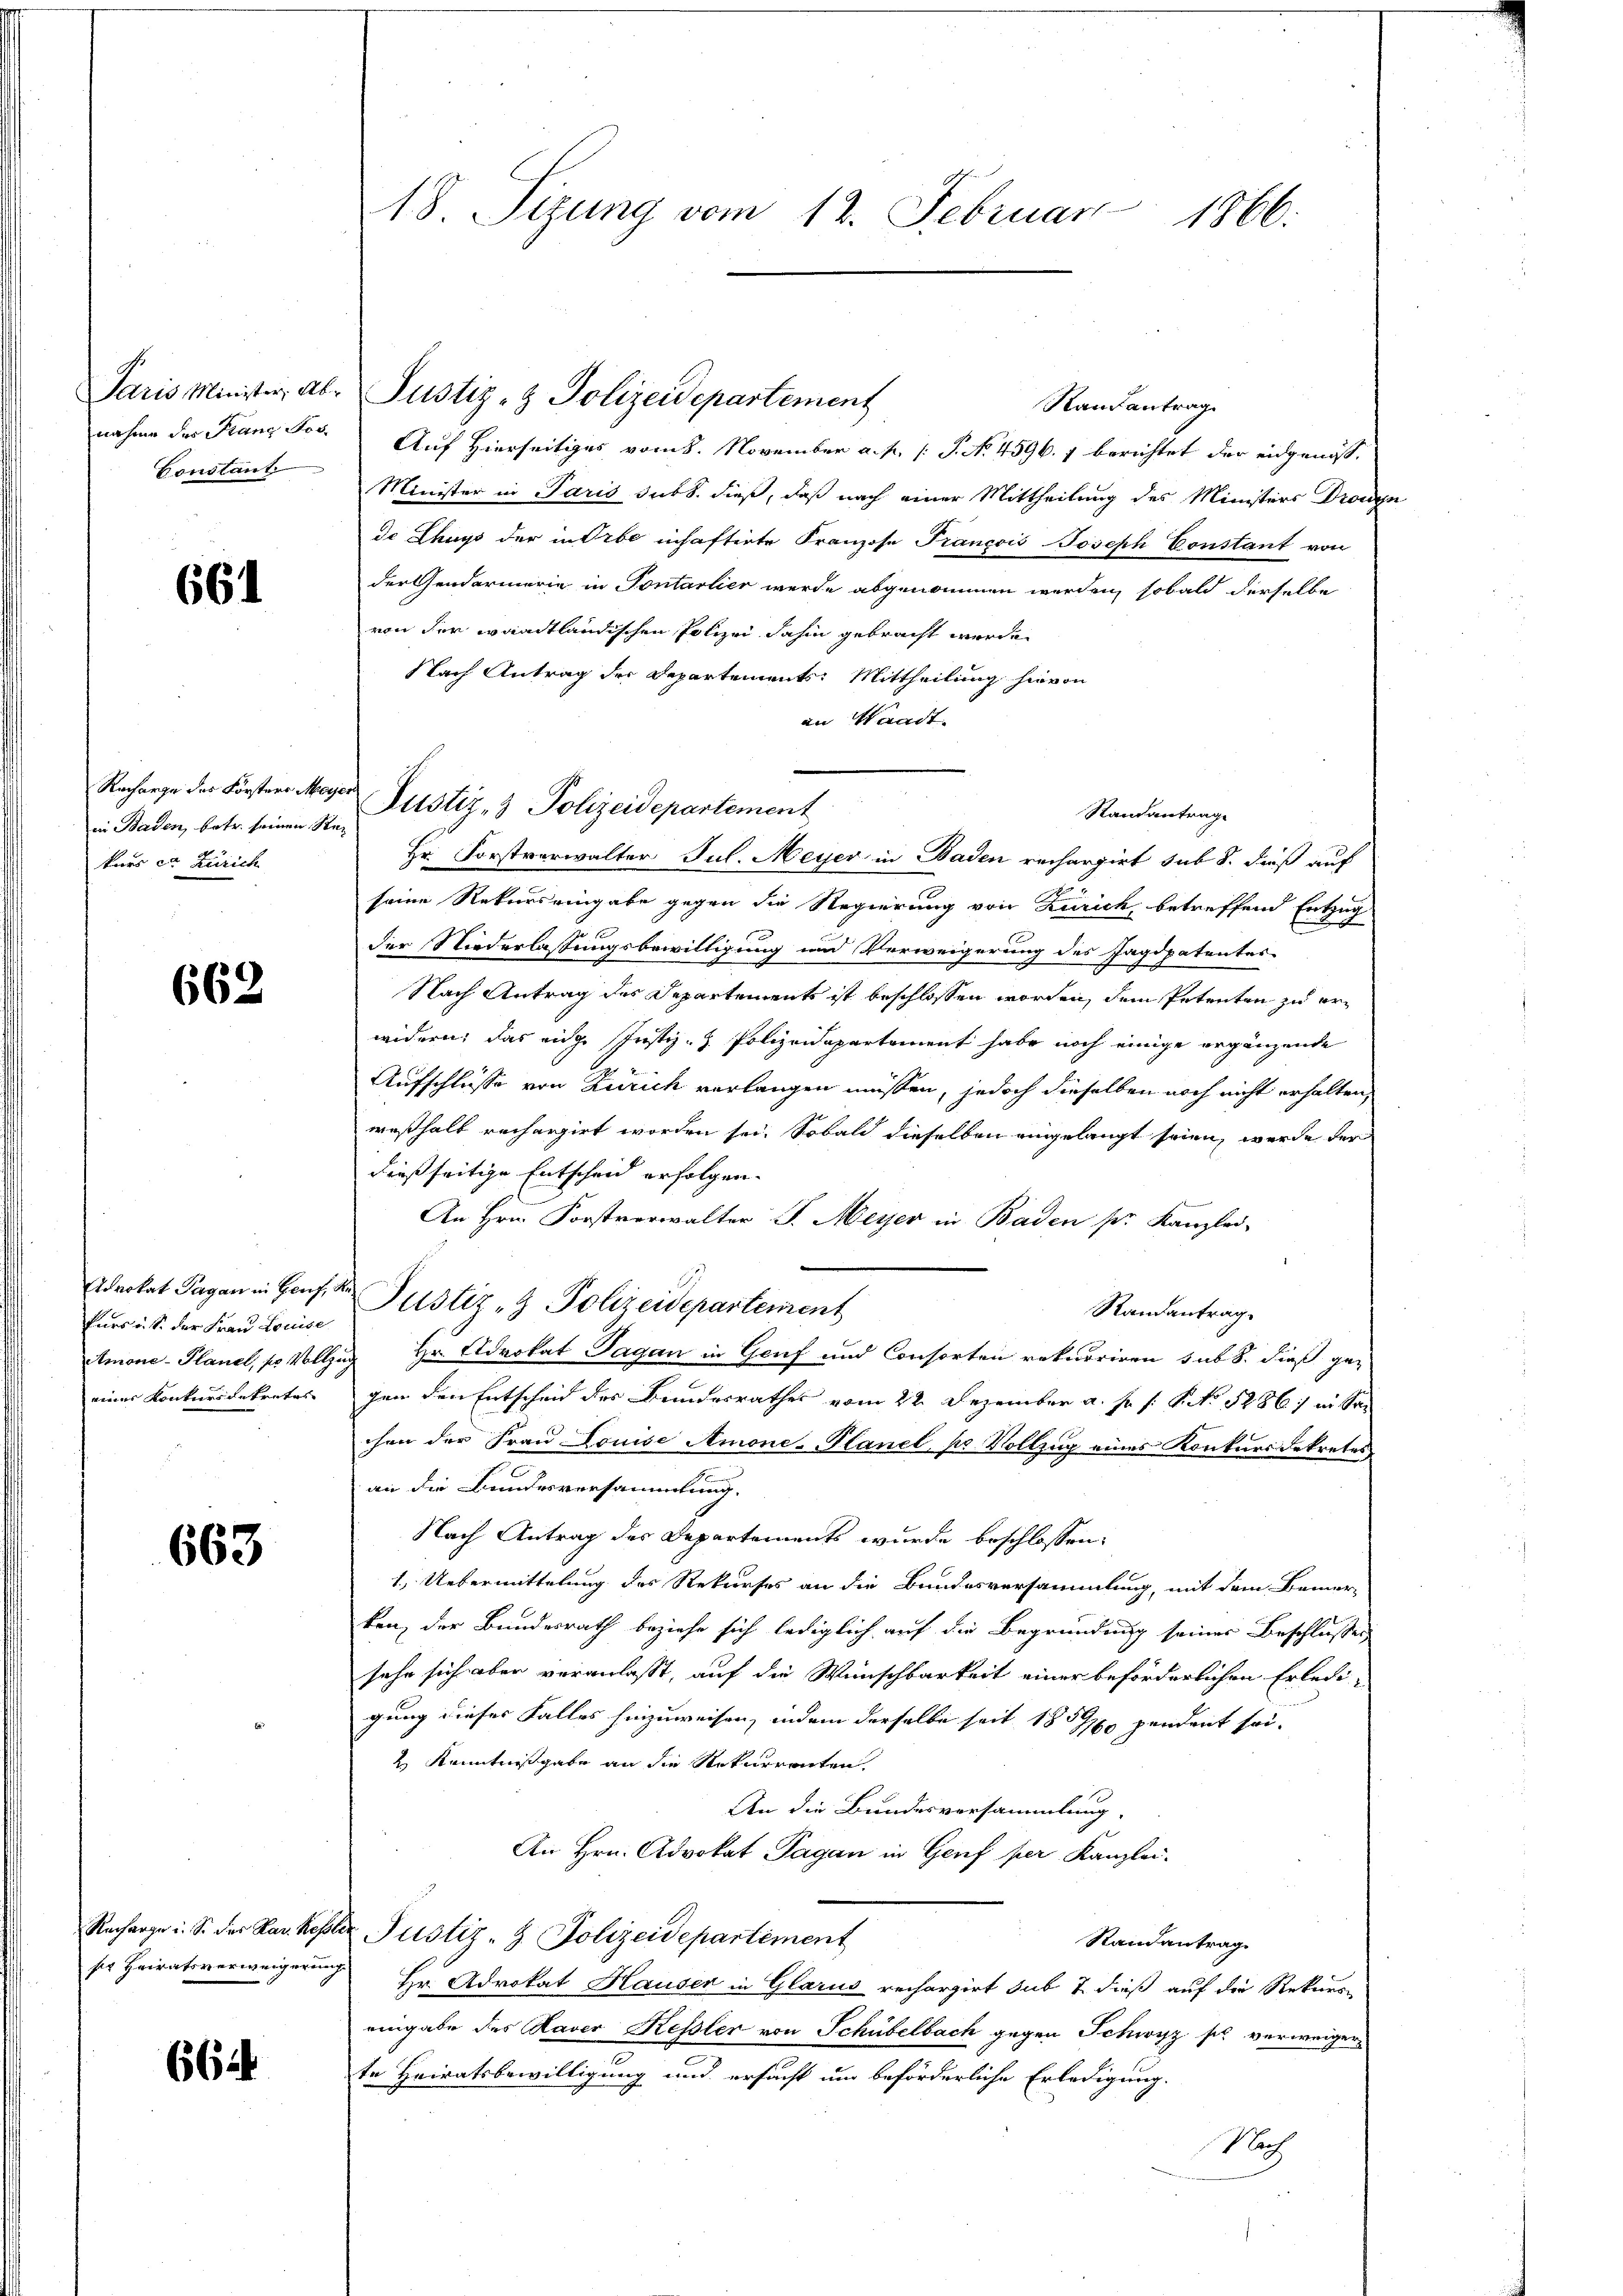
nahme des Franz Jos.
Constant

661

in Baden, betr. seinen Re-
kurs et Zürich

662

fürs u. S. der Frau Louise
eines Konkursdekreter

663

Recharge u. S. des Par Kesse
sir Heiratsverweigerung

664

18. Sizung vom 12. Februar 1866.

Paris Minister, ab- Justiz- & Polizeidepartement
Rautantrag
Auf Hierseitiges vom 8. November a. p. P. No. 4596. f berichtet der eidgenosse
Minister in Paris sub b. dieß, daß nach einer Mittheilung des Ministers Drange
de Thups der in Orbe inhaftirte Franzose Francois Joseph Constant von
der Gendarmerie in Pontarlier werde abgenommen werden, sobald derselbe
von der waadtländischen Polizei dahin gebracht werde.
Nach Antrag der Departements: Mittheilung hievon
an Waadt.
Standantrage
Hr. Forstverwalter Jul. Meyer in Baden rechargirt sub 8. dieß auf
seine Rekurs eingabe gegen die Regierung von Zürich, betreffend Entzug
der Niederlassungsbewilligung und Verweigerung des Jagdpatentes
Nach Antrag des Departements ist beschlossen worden, dem Petenten zu erwidern, das eige Justiz- & Polizeidepartement habe noch einige ergänzende
Aufschlüsse von Zürich verlangen müssen, jedoch dieselben noch nicht erhalten,
weßhalb rechargirt worden sei. Sobald dieselben eingelangt seien, werde der
dießseitige Entscheid erfolgen.
An Hrn. Forstverwalter J. Meyer in Baden pr. Kanzlei-
Advokat Pagan in Genf der Justiz & Polizeidepartement
Randantrag.
Amone-Planel, pr Vollzug Hr. Advokat Tagan in Genf und Consorten rekurriren sub 8. dieß ge-
gen den Entscheid des Bundesrathes vom 22. Dezember a. f. s. S. No 1286 eisen
chen der Frau Louise Amone-Planel, pr. Vollzug eines Konkurs dekretes
an die Bundesversammlung.
Nach Antrag des Departements wurde beschlossen:
1. Uebermittelung des Rekurses an die Bundesversammlung, mit dem Bemer-
ken, der Bundesrath beziehe sich lediglich auf die Begründung seines Beschlußes
sehe sich aber veranlaßt, auf die Wünschbarkeit einer beförderlichen Erledi-
gung dieses Falles hinzuweisen, indem derselbe seit 1857 pendent sei.
2 Kenntnißgabe an die Rekurrenten.
An die Bundesversammlung.
An Hrn. Advokat Pagan in Genf per Kanzlei-
 Justiz- & Polizeidepartement
Randantrag.
 Hr. Advokat Hauser in Glarus rechargirt sub & dieß auf die Rekurs-
eingabe des Raver Kessler von Schübelbach gegen Schwyz so verweigerte Heiratsbewilligung und ersucht um beförderliche Erledigung.
Nach

Racharge der Forstens Meyer Justiz- & Polizeidepartement